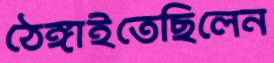
ঠেঙ্গাইতেছিলেন